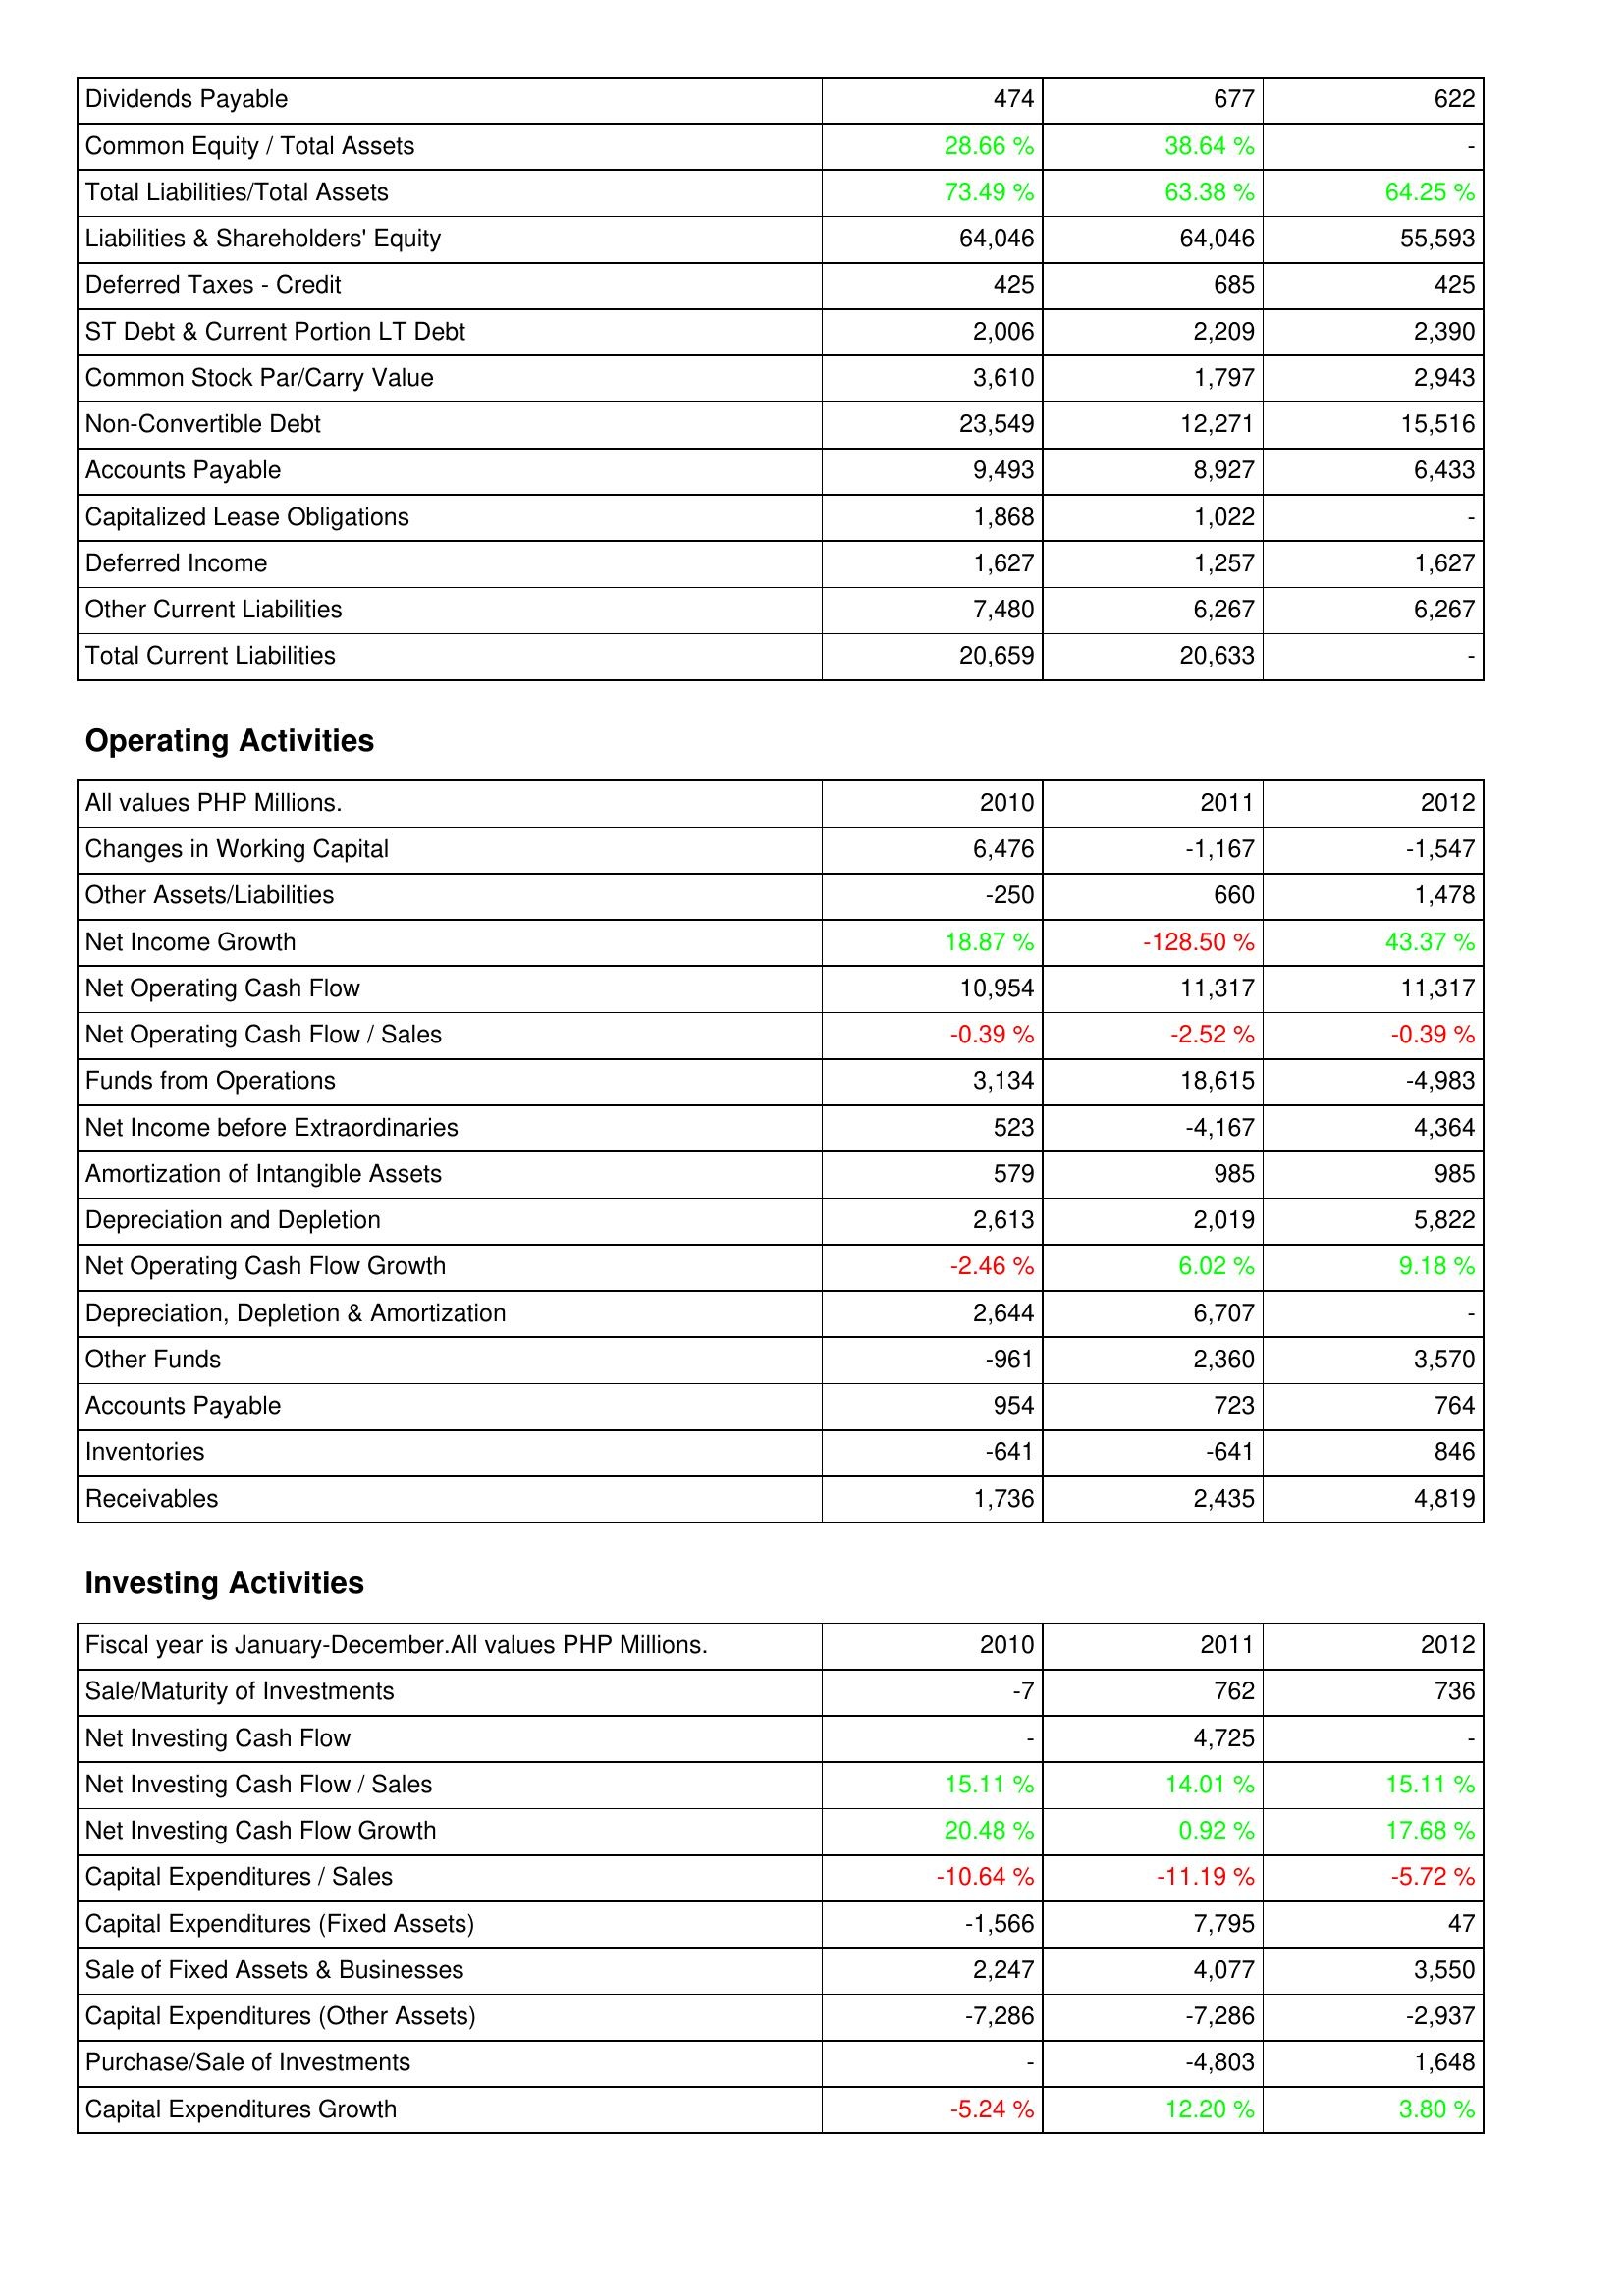
2010: Liabilities & Shareholders' Equity: Dividends Payable: 474
Common Equity / Total Assets: 28.66 %
Total Liabilities/Total Assets: 73.49 %
Liabilities & Shareholders' Equity: 64,046
Deferred Taxes - Credit: 425
ST Debt & Current Portion LT Debt: 2,006
Common Stock Par/Carry Value: 3,610
Non-Convertible Debt: 23,549
Accounts Payable: 9,493
Capitalized Lease Obligations: 1,868
Deferred Income: 1,627
Other Current Liabilities: 7,480
Total Current Liabilities: 20,659
Operating Activities: Changes in Working Capital: 6,476
Other Assets/Liabilities: -250
Net Income Growth: 18.87 %
Net Operating Cash Flow: 10,954
Net Operating Cash Flow / Sales: -0.39 %
Funds from Operations: 3,134
Net Income before Extraordinaries: 523
Amortization of Intangible Assets: 579
Depreciation and Depletion: 2,613
Net Operating Cash Flow Growth: -2.46 %
Depreciation, Depletion & Amortization: 2,644
Other Funds: -961
Accounts Payable: 954
Inventories: -641
Receivables: 1,736
Investing Activities: Sale/Maturity of Investments: -7
Net Investing Cash Flow: -
Net Investing Cash Flow / Sales: 15.11 %
Net Investing Cash Flow Growth: 20.48 %
Capital Expenditures / Sales: -10.64 %
Capital Expenditures (Fixed Assets): -1,566
Sale of Fixed Assets & Businesses: 2,247
Capital Expenditures (Other Assets): -7,286
Purchase/Sale of Investments: -
Capital Expenditures Growth: -5.24 %
2011: Liabilities & Shareholders' Equity: Dividends Payable: 677
Common Equity / Total Assets: 38.64 %
Total Liabilities/Total Assets: 63.38 %
Liabilities & Shareholders' Equity: 64,046
Deferred Taxes - Credit: 685
ST Debt & Current Portion LT Debt: 2,209
Common Stock Par/Carry Value: 1,797
Non-Convertible Debt: 12,271
Accounts Payable: 8,927
Capitalized Lease Obligations: 1,022
Deferred Income: 1,257
Other Current Liabilities: 6,267
Total Current Liabilities: 20,633
Operating Activities: Changes in Working Capital: -1,167
Other Assets/Liabilities: 660
Net Income Growth: -128.50 %
Net Operating Cash Flow: 11,317
Net Operating Cash Flow / Sales: -2.52 %
Funds from Operations: 18,615
Net Income before Extraordinaries: -4,167
Amortization of Intangible Assets: 985
Depreciation and Depletion: 2,019
Net Operating Cash Flow Growth: 6.02 %
Depreciation, Depletion & Amortization: 6,707
Other Funds: 2,360
Accounts Payable: 723
Inventories: -641
Receivables: 2,435
Investing Activities: Sale/Maturity of Investments: 762
Net Investing Cash Flow: 4,725
Net Investing Cash Flow / Sales: 14.01 %
Net Investing Cash Flow Growth: 0.92 %
Capital Expenditures / Sales: -11.19 %
Capital Expenditures (Fixed Assets): 7,795
Sale of Fixed Assets & Businesses: 4,077
Capital Expenditures (Other Assets): -7,286
Purchase/Sale of Investments: -4,803
Capital Expenditures Growth: 12.20 %
2012: Liabilities & Shareholders' Equity: Dividends Payable: 622
Common Equity / Total Assets: -
Total Liabilities/Total Assets: 64.25 %
Liabilities & Shareholders' Equity: 55,593
Deferred Taxes - Credit: 425
ST Debt & Current Portion LT Debt: 2,390
Common Stock Par/Carry Value: 2,943
Non-Convertible Debt: 15,516
Accounts Payable: 6,433
Capitalized Lease Obligations: -
Deferred Income: 1,627
Other Current Liabilities: 6,267
Total Current Liabilities: -
Operating Activities: Changes in Working Capital: -1,547
Other Assets/Liabilities: 1,478
Net Income Growth: 43.37 %
Net Operating Cash Flow: 11,317
Net Operating Cash Flow / Sales: -0.39 %
Funds from Operations: -4,983
Net Income before Extraordinaries: 4,364
Amortization of Intangible Assets: 985
Depreciation and Depletion: 5,822
Net Operating Cash Flow Growth: 9.18 %
Depreciation, Depletion & Amortization: -
Other Funds: 3,570
Accounts Payable: 764
Inventories: 846
Receivables: 4,819
Investing Activities: Sale/Maturity of Investments: 736
Net Investing Cash Flow: -
Net Investing Cash Flow / Sales: 15.11 %
Net Investing Cash Flow Growth: 17.68 %
Capital Expenditures / Sales: -5.72 %
Capital Expenditures (Fixed Assets): 47
Sale of Fixed Assets & Businesses: 3,550
Capital Expenditures (Other Assets): -2,937
Purchase/Sale of Investments: 1,648
Capital Expenditures Growth: 3.80 %